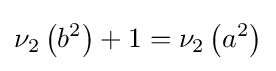
\nu _{2}\left(b^{2}\right)+1=\nu _{2}\left(a^{2}\right)